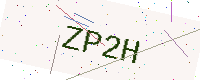
Text: ZP2H